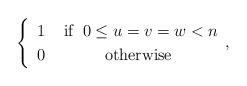
LaTeX: \begin{align*}\begin{cases}\begin{array}{cc}1 & \mbox{ if }\:0\le u=v=w<n\\0 & \mbox{otherwise}\end{array},\end{cases}\end{align*}